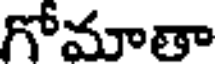
గోమాతా